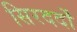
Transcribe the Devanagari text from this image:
सिरदर्दों